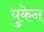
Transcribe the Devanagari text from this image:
युकेन